Report of the Indian Hemp Drugs Commission, 1894-1895 - Volume I
Year: 1894
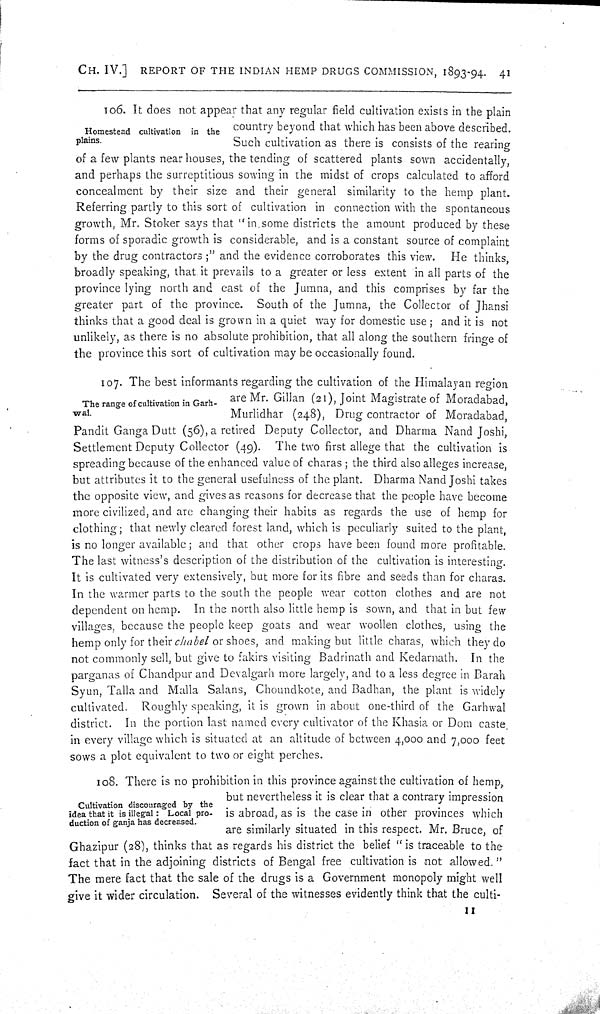
CH. IV.] REPORT OF THE INDIAN HEMP DRUGS COMMISSION, 1893-94. 41
Homestead cultivation in the
plains.
106. It does not appear that any regular field cultivation exists in the plain
country beyond that which has been above described.
Such cultivation as there is consists of the rearing
of a few plants near houses, the tending of scattered plants sown accidentally,
and perhaps the surreptitious sowing in the midst of crops calculated to afford
concealment by their size and their general similarity to the hemp plant.
Referring partly to this sort of cultivation in connection with the spontaneous
growth, Mr. Stoker says that "in some districts the amount produced by these
forms of sporadic growth is considerable, and is a constant source of complaint
by the drug contractors;" and the evidence corroborates this view. He thinks,
broadly speaking, that it prevails to a greater or less extent in all parts of the
province lying north and east of the Jumna, and this comprises by far the
greater part of the province. South of the Jumna, the Collector of Jhansi
thinks that a good deal is grown in a quiet way for domestic use; and it is not
unlikely, as there is no absolute prohibition, that all along the southern fringe of
the province this sort of cultivation may be occasionally found.
The range of cultivation in Garh-
wal.
107. The best informants regarding the cultivation of the Himalayan region
are Mr. Gillan (21), Joint Magistrate of Moradabad,
Murlidhar (248), Drug contractor of Moradabad,
Pandit Ganga Dutt (56), a retired Deputy Collector, and Dharma Nand Joshi,
Settlement Deputy Collector (49). The two first allege that the cultivation is
spreading because of the enhanced value of charas; the third also alleges increase,
but attributes it to the general usefulness of the plant. Dharma Nand Joshi takes
the opposite view, and gives as reasons for decrease that the people have become
more civilized, and are changing their habits as regards the use of hemp for
clothing; that newly cleared forest land, which is peculiarly suited to the plant,
is no longer available; and that other crops have been found more profitable.
The last witness's description of the distribution of the cultivation is interesting.
It is cultivated very extensively, but more for its fibre and seeds than for charas.
In the warmer parts to the south the people wear cotton clothes and are not
dependent on hemp. In the north also little hemp is sown, and that in but few
villages, because the people keep goats and wear woollen clothes, using the
hemp only for their chabel or shoes, and making but little charas, which they do
not commonly sell, but give to fakirs visiting Badrinath and Kedarnath. In the
parganas of Chandpur and Devalgarh more largely, and to a less degree in Barah
Syun, Talla and Malla Salans, Choundkote, and Badhan, the plant is widely
cultivated. Roughly speaking, it is grown in about one-third of the Garhwal
district. In the portion last named every cultivator of the Khasia or Dom caste
in every village which is situated at an altitude of between 4,000 and 7,000 feet
sows a plot equivalent to two or eight perches.
Cultivation discouraged by the
idea that it is illegal: Local pro-
duction of ganja has decreased.
108. There is no prohibition in this province against the cultivation of hemp,
but nevertheless it is clear that a contrary impression
is abroad, as is the case in other provinces which
are similarly situated in this respect. Mr. Bruce, of
Ghazipur (28), thinks that as regards his district the belief "is traceable to the
fact that in the adjoining districts of Bengal free cultivation is not allowed."
The mere fact that the sale of the drugs is a Government monopoly might well
give it wider circulation. Several of the witnesses evidently think that the culti-
11